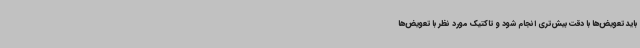
باید تعویض‌ها با دقت بیش‌تری انجام شود و تاکتیک مورد نظر با تعویض‌ها